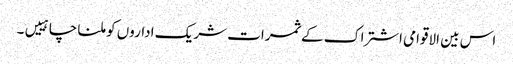
اس بین الاقوامی اشتراک کے ثمرات شریک اداروں کو ملنا چاہییں۔